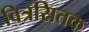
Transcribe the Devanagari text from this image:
वित्रसितक